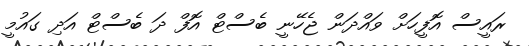
ރައީސް އޮފީހަށް ވައްދަން ޖެހޭނީ ބެސްޓް އޮފް ދަ ބެސްޓް އަދި ގައުމީ